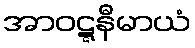
အာဝဋ္ဋနီမာယံ